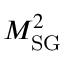
M _ { \mathrm { S G } } ^ { 2 }